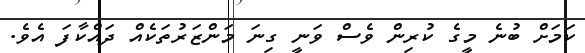
ކަމަށް ބުނެ މީގެ ކުރިން ވެސް ވަނީ ގިނަ މަންޒަރުތަކެއް ދައްކާފަ އެވެ.